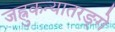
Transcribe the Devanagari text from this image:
जह्नुकन्यातरङ्गे